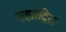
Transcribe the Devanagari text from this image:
सह्याद्रित